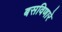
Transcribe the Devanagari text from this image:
बसविणारे